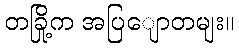
တခြို့က အပြျောတမျး။